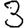
Digit: 3